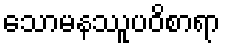
သောမနဿူပဝိစာရာ